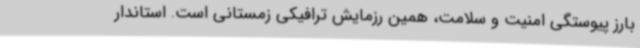
بارز پیوستگی امنیت و سلامت، همین رزمایش ترافیکی زمستانی است. استاندار